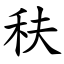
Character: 䄮